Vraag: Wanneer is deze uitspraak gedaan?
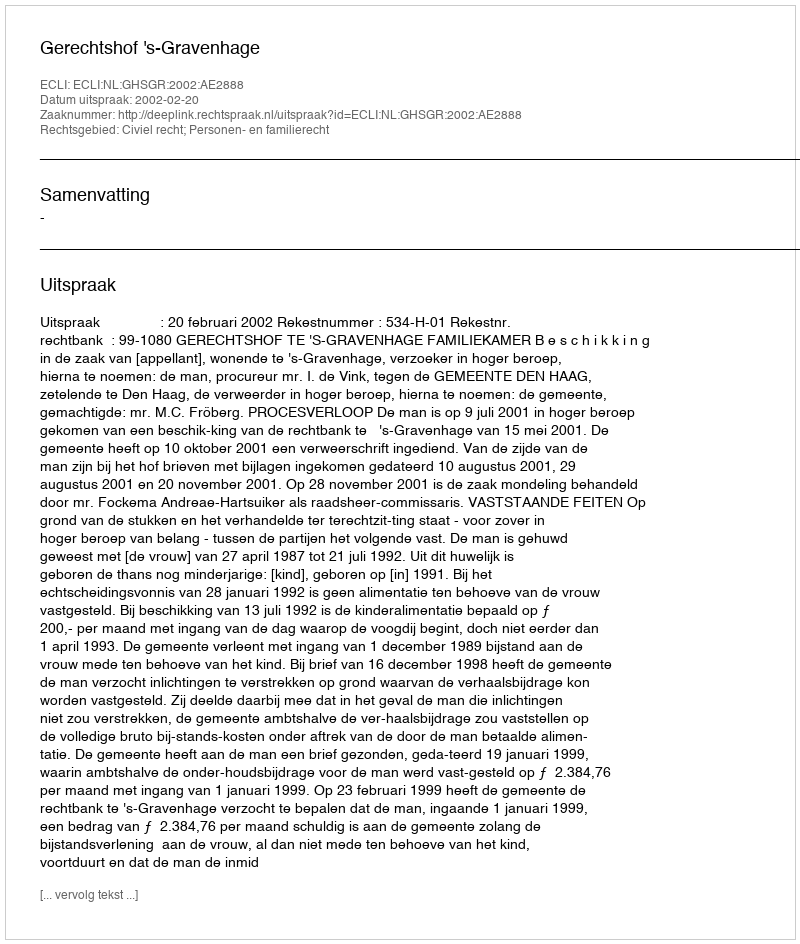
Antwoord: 2002-02-20